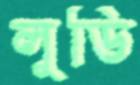
লুডি